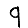
Digit: 9